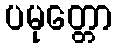
ပမုတ္တော